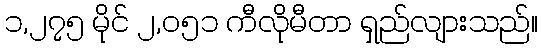
၁,၂၇၅ မိုင် ၂,၀၅၁ ကီလိုမီတာ ရှည်လျားသည်။